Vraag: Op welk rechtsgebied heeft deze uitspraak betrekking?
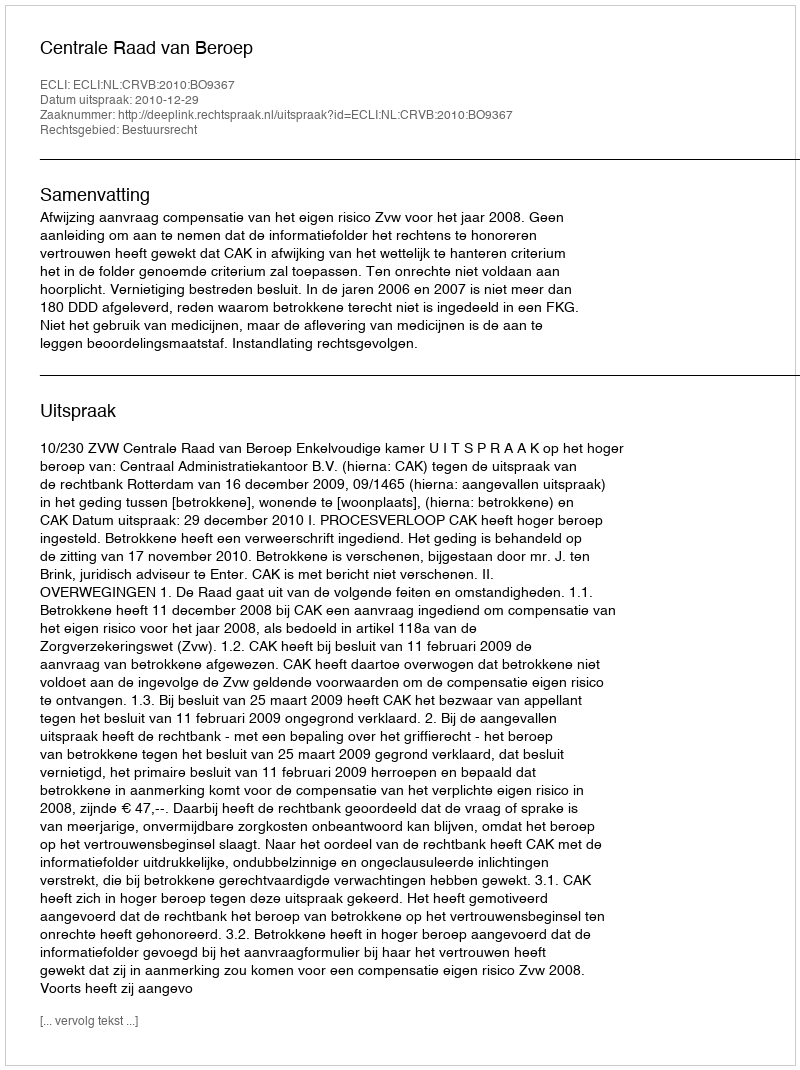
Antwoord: Bestuursrecht